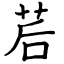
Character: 茩